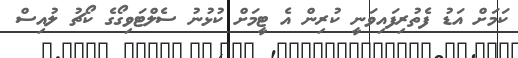
ކަމަށް އަޑު ފެތުރިފައިވަނީ ކުރިން އެ ޓީމަށް ކުޅުނު ސެލްޓަވިގޯގެ ކޯޗު ލުއިސް